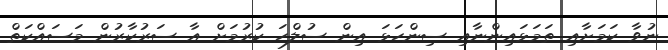
ނުވާ ކަމަށާއި ތަމަޅައިންނާއި ސިންހަޅަ އިން ސުލްހަ ކުރުމަށް އާ ސަރުކާރުން މަސައްކަތް